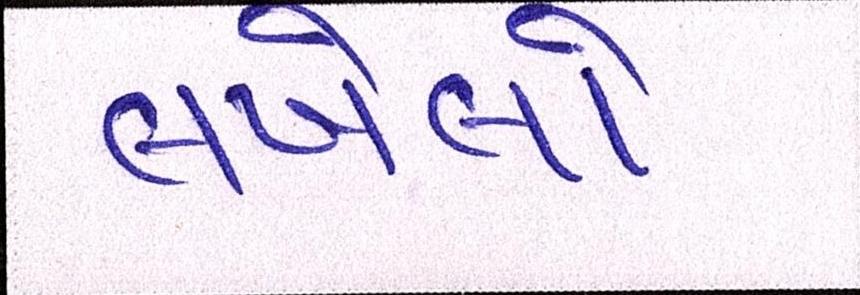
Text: લખેલો